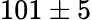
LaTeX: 101\pm 5